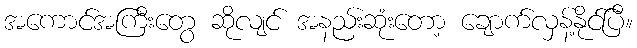
အကောင်အကြီးတွေ ဆိုလျင် အနည်းဆုံးတော့ ချောက်လှန့်နိုင်ပြီ။